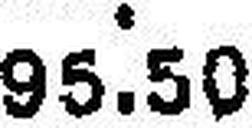
95.50